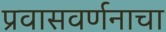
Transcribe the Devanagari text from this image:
प्रवासवर्णनाचा